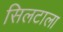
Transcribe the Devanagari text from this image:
सिलटाला